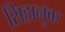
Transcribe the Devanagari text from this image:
सिहानुक